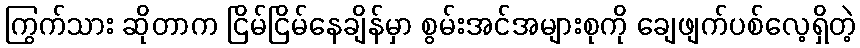
ကြွက်သား ဆိုတာက ငြိမ်ငြိမ်နေချိန်မှာ စွမ်းအင်အများစုကို ချေဖျက်ပစ်လေ့ရှိတဲ့